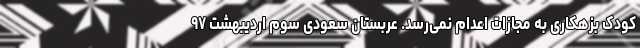
کودک بزهکاری به مجازات اعدام نمی‌رسد. عربستان سعودی سوم اردیبهشت ۹۷